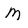
Character: m